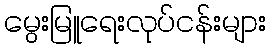
မွေးမြူရေးလုပ်ငန်းများ